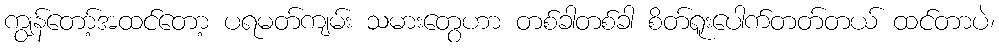
ကျွန်တော့်အထင်တော့ ပရမတ်ကျမ်း သမားတွေဟာ တစ်ခါတစ်ခါ စိတ်ရူးပေါက်တတ်တယ် ထင်တာပဲ၊